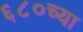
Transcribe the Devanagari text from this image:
६८०च्या